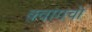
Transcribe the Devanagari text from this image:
क़्वांगचो